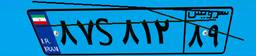
۸۷S۸۱۲۸۹